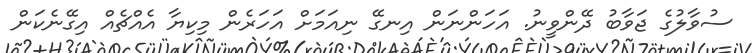
ސުވާލުގެ ޖަވާބު ދޭންވީނު. އަހަންނަން އިނގޭ ނިއަމަށް އަހަރެން މިކިޔާ އެއްޗެއް އިގޭނެކަން